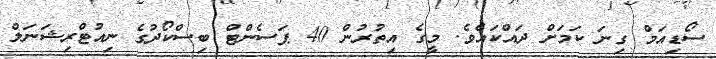
ސޯޑިއަމް ގިނަ ކަމަށް ދައްކައެވެ. މީގެ އިތުރުން 40 ޕަސެންޓް ބިސްކޯދުގެ ނިއުޓްރިޝަނަލް